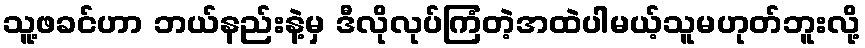
သူ့ဖခင်ဟာ ဘယ်နည်းနဲ့မှ ဒီလိုလုပ်ကြံတဲ့အထဲပါမယ့်သူမဟုတ်ဘူးလို့